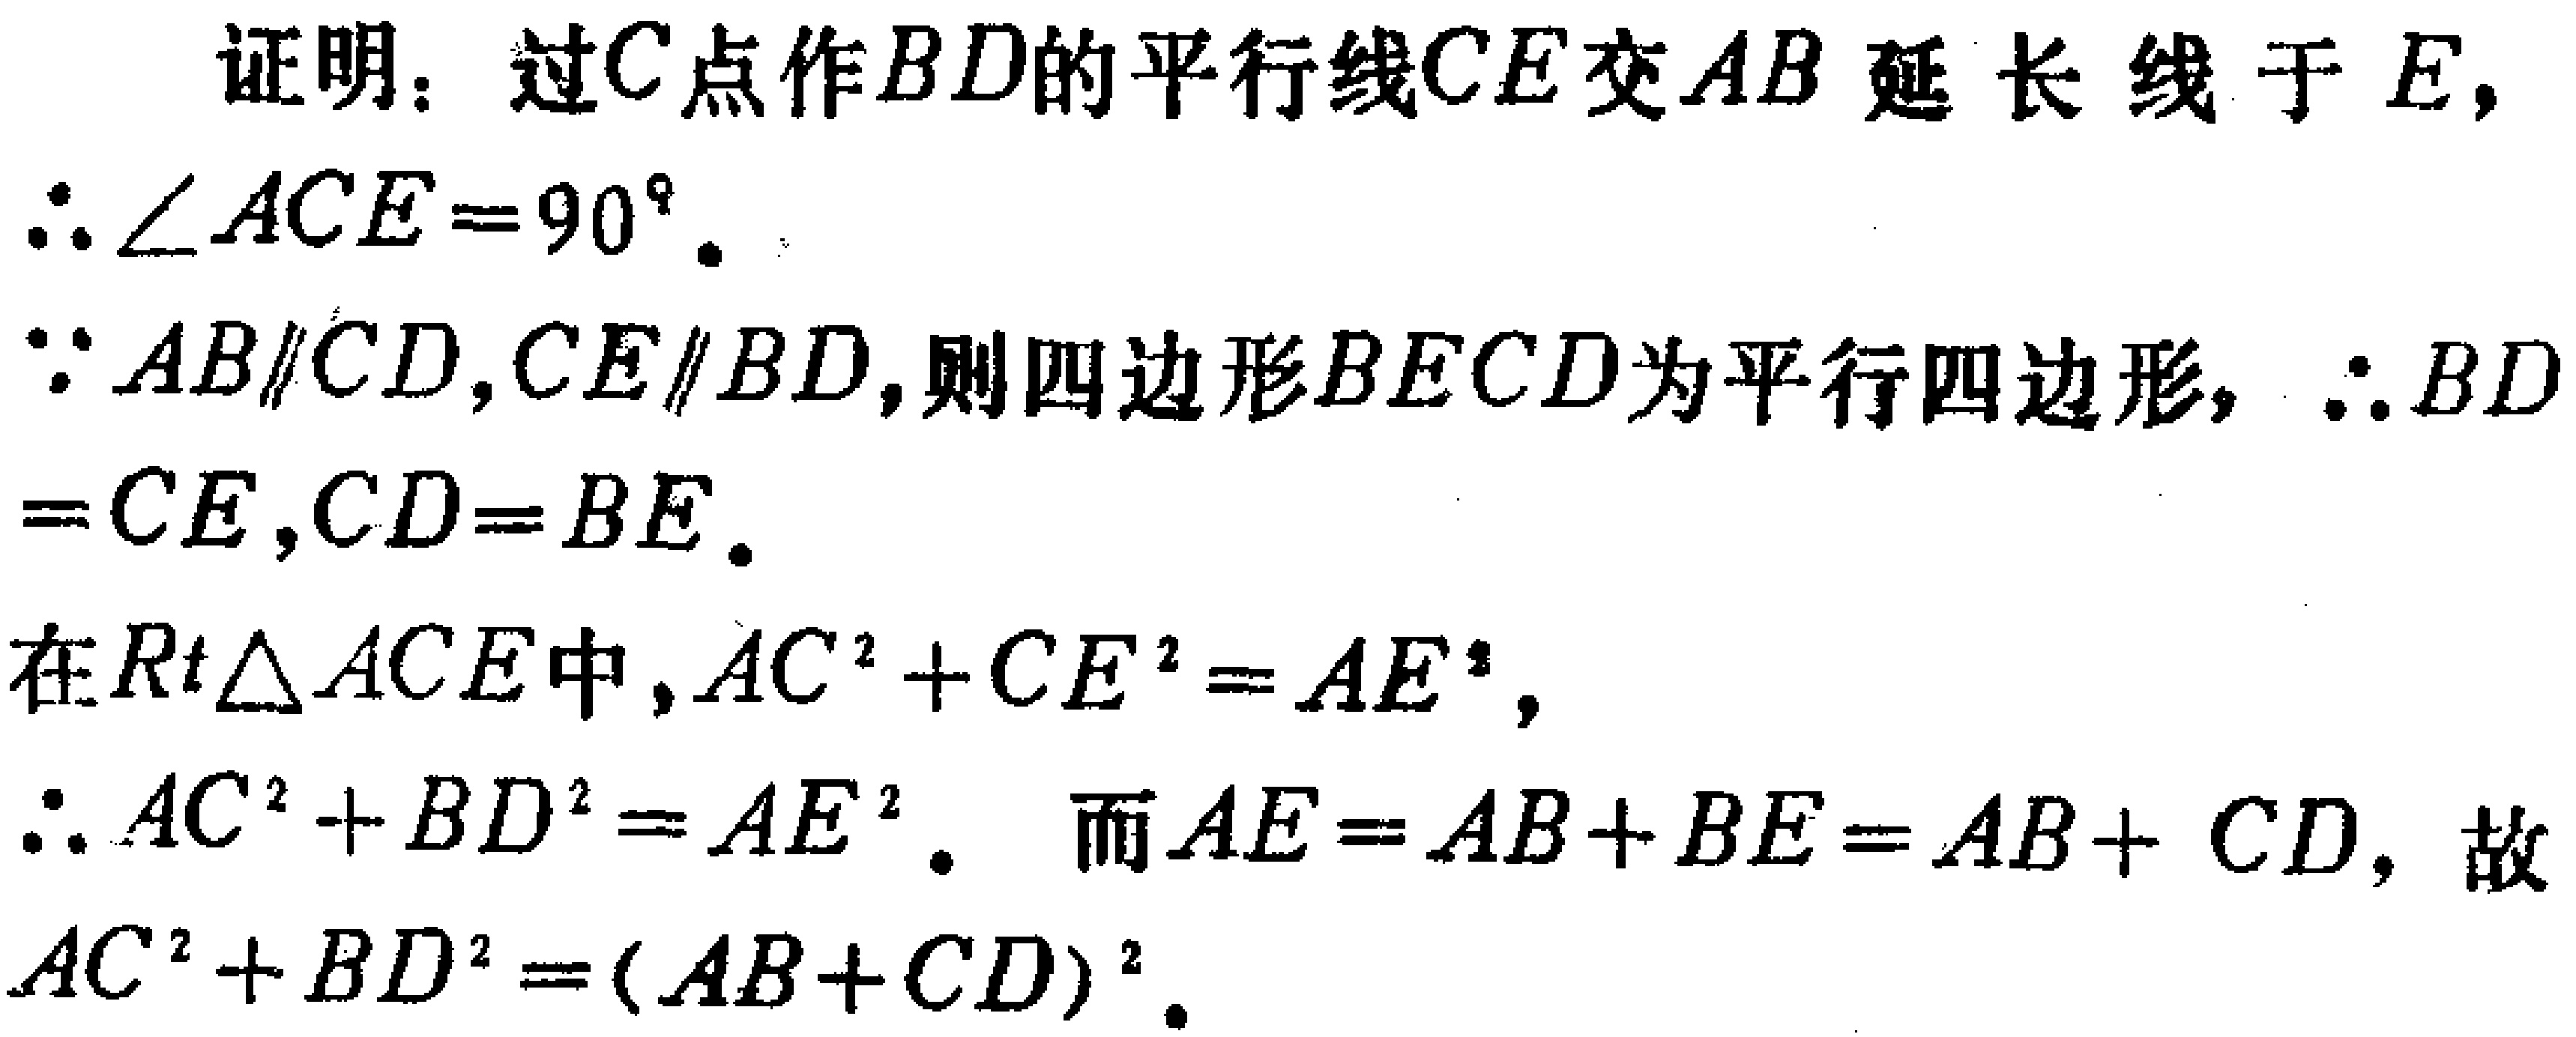
证明：过\(C\)点作\(BD\)的平行线\(CE\)交\(AB\)延长线于\(E\)，

\(\therefore \angle ACE = 90^{\circ}\)。

\(\because AB\parallel CD,CE\parallel BD\)，则四边形\(BECD\)为平行四边形，\(\therefore BD = CE,CD = BE\)。

在\(Rt\triangle ACE\)中，\(AC^{2}+CE^{2}=AE^{2}\)，

\(\therefore AC^{2}+BD^{2}=AE^{2}\)。而\(AE = AB + BE = AB + CD\)，故\(AC^{2}+BD^{2}=(AB + CD)^{2}\)。